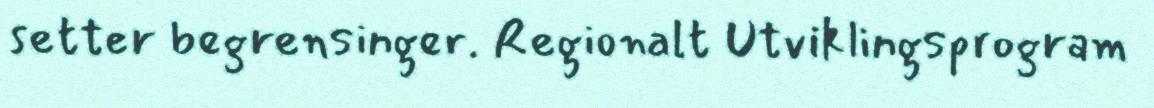
setter begrensinger. Regionalt Utviklingsprogram